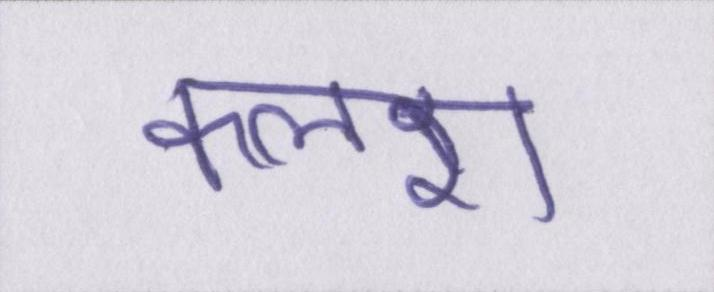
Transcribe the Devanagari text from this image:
कलश